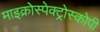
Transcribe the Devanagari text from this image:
माइक्रोस्पेक्ट्रोस्कोपी